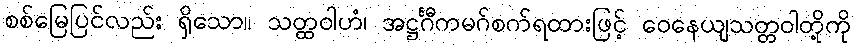
စစ်မြေပြင်လည်း ရှိသော။ သတ္ထဝါဟံ၊ အဋ္ဌင်္ဂီကမဂ်စက်ရထားဖြင့် ဝေနေယျသတ္တဝါတို့ကို